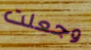
وجعلت